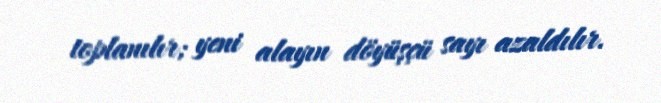
toplanılır; yeni alayın döyüşçü sayı azaldılır.